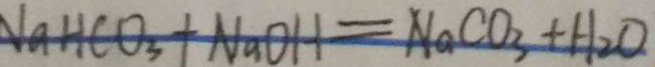
N a H C O _ { 3 } + N a O H = N a C O _ { 3 } + H _ { 2 } O